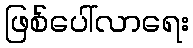
ဖြစ်ပေါ်လာရေး